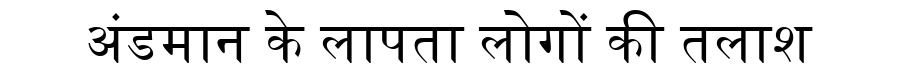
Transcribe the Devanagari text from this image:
अंडमान के लापता लोगों की तलाश